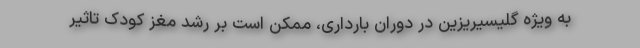
به ویژه گلیسیریزین در دوران بارداری، ممکن است بر رشد مغز کودک تاثیر